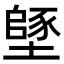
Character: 𡑸